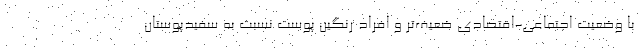
با وضعیت اجتماعی-اقتصادی ضعیف‌تر و افراد رنگین پوست نسبت به سفیدپوستان